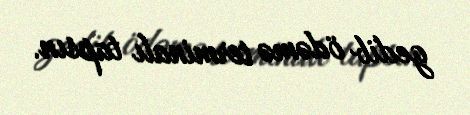
gedib ödəmə terminalı tapsın.